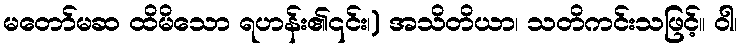
မတော်မဆ ထိမိသော ရဟန်း၏၎င်း၊) အသိတိယာ၊ သတိကင်းသဖြင့်။ ဝါ၊